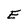
Character: E